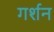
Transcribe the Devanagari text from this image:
गर्शन